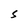
Character: S